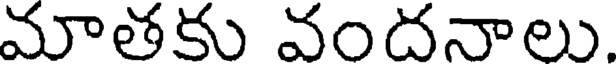
మాతకు వందనాలు.